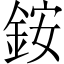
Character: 銨